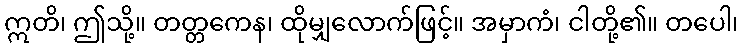
ဣတိ၊ ဤသို့။ တတ္တကေန၊ ထိုမျှလောက်ဖြင့်။ အမှာကံ၊ ငါတို့၏။ တပေါ၊